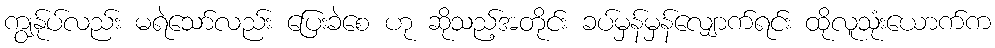
ကျွန်ုပ်လည်း မရဲသော်လည်း ပြေးခဲစေ ဟု ဆိုသည့်အတိုင်း ခပ်မှန်မှန်လျှောက်ရင်း ထိုလူသုံးယောက်က